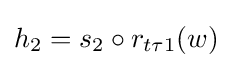
h_{2}=s_{2}\circ r_{t\tau 1}(w)